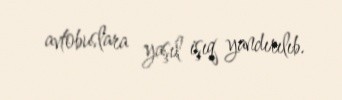
avtobuslara yaşıl işıq yandırılıb.